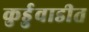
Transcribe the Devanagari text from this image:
कुर्डुवाडीत